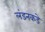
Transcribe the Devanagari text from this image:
लंडनकडे